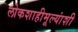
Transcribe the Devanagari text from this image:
लोकशाहीमूल्यांशी